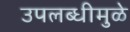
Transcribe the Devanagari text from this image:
उपलब्धीमुळे